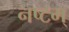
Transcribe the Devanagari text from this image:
नष्टम्